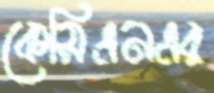
কেসিএনএর